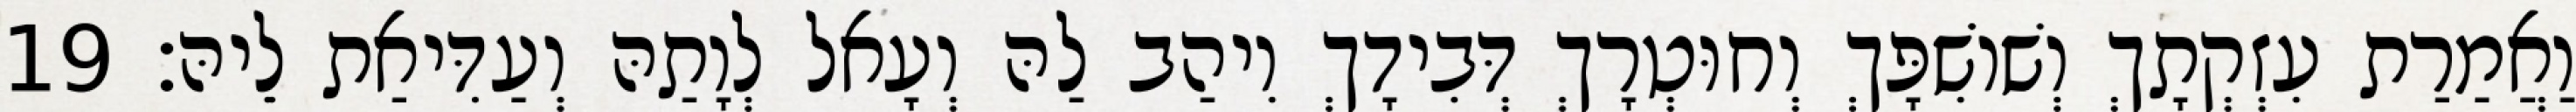
וַאֲמַרַת עִזְקְתָךְ וְשׁוֹשִׁפָּךְ וְחוּטְרָךְ דְּבִידָךְ וִיהַב לַהּ וְעָאל לְוָתַהּ וְעַדִּיאַת לֵיהּ׃ 19